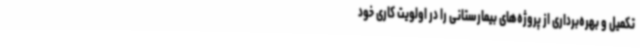
تکمیل و بهره‌برداری از پروژه‌های بیمارستانی را در اولویت کاری خود